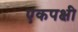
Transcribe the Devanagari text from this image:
एकपक्षी